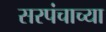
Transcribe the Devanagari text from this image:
सरपंचाच्या